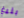
بليغ